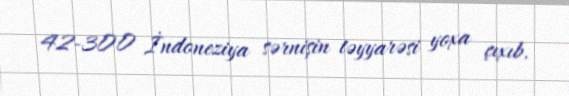
42-300 İndoneziya sərnişin təyyarəsi yoxa çıxıb.